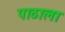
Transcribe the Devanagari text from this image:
पाठाला